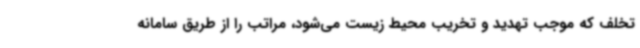
تخلف که موجب تهدید و تخریب محیط زیست می‌شود، مراتب را از طریق سامانه